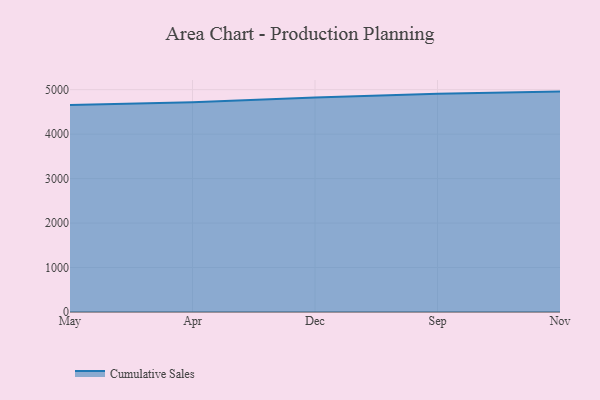
{"axis": {"x": "Month", "y": "Waste Production (Tons)"}, "legend": ["Cumulative Sales"], "data": [{"x": "May", "y": 4652.8, "type": "Cumulative Sales"}, {"x": "Apr", "y": 4716.0, "type": "Cumulative Sales"}, {"x": "Dec", "y": 4826.6, "type": "Cumulative Sales"}, {"x": "Sep", "y": 4908.0, "type": "Cumulative Sales"}, {"x": "Nov", "y": 4956.9, "type": "Cumulative Sales"}]}